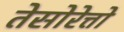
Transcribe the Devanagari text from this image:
तेसोरेत्तो